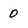
Character: 0